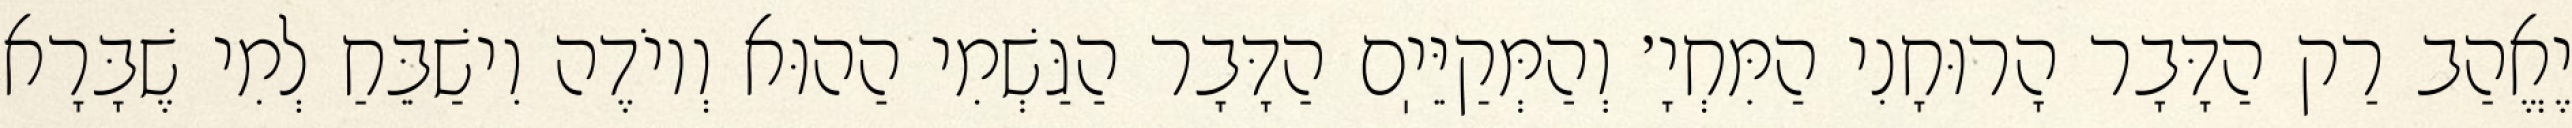
יֶאֱהַב רַק הַדָּבָר הָרוּחָנִי הַמִּחְיָ׳ וְהַמְּקַיֵּיֽם הַדָּבָר הַגַּשְׁמִי הַהוּא וְיוֹדֶה וִישַׁבֵּחַ לְמִי שֶׁבָּרָא